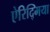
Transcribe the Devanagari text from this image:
ऐरिद्मिया